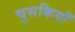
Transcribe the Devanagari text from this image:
चुसकियाँ